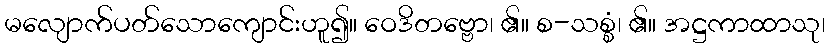
မလျောက်ပတ်သောကျောင်းဟူ၍။ ဝေဒိတဗ္ဗော၊ ၏။ စ-သစ္စံ၊ ၏။ အဋ္ဌကာထာသု၊